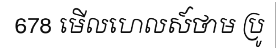
678 មើលហេលស៍ថាម ប្រូ